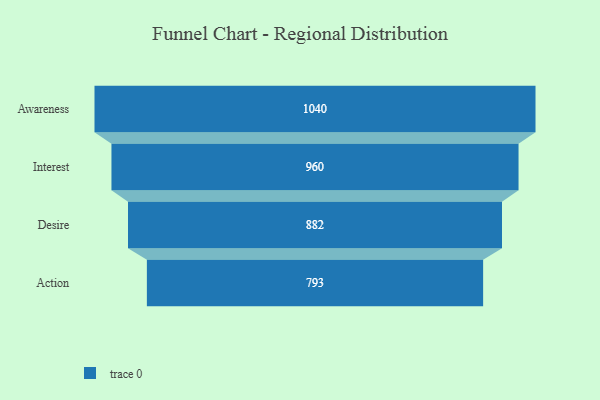
{"axis": {"x": "Stage", "y": "Value"}, "legend": [""], "data": [{"x": "Awareness", "y": 1040.0, "type": ""}, {"x": "Interest", "y": 960.0, "type": ""}, {"x": "Desire", "y": 882.0, "type": ""}, {"x": "Action", "y": 793.0, "type": ""}]}